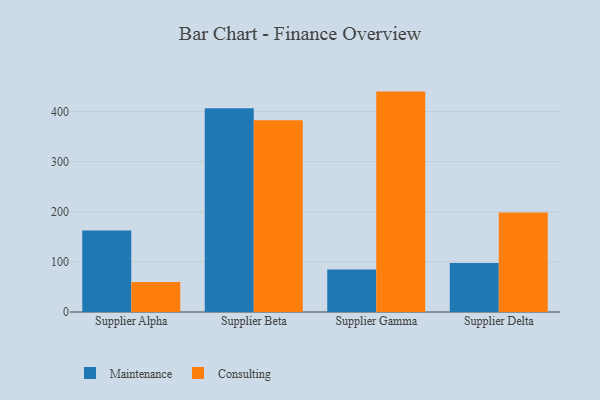
{"axis": {"x": "Supplier", "y": "Backlog"}, "legend": ["Consulting", "Maintenance"], "data": [{"x": "Supplier Alpha", "y": 162.6, "type": "Maintenance"}, {"x": "Supplier Alpha", "y": 59.8, "type": "Consulting"}, {"x": "Supplier Beta", "y": 406.3, "type": "Maintenance"}, {"x": "Supplier Beta", "y": 382.4, "type": "Consulting"}, {"x": "Supplier Gamma", "y": 84.8, "type": "Maintenance"}, {"x": "Supplier Gamma", "y": 439.5, "type": "Consulting"}, {"x": "Supplier Delta", "y": 97.7, "type": "Maintenance"}, {"x": "Supplier Delta", "y": 198.3, "type": "Consulting"}]}